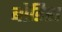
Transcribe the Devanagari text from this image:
बोडिश